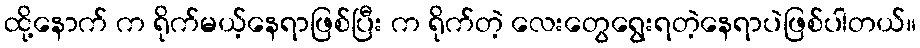
ထို့နောက် က ရိုက်မယ့်နေရာဖြစ်ပြီး က ရိုက်တဲ့ လေးတွေရွေးရတဲ့နေရာပဲဖြစ်ပါတယ်။